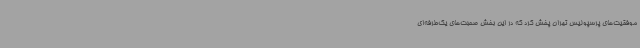
موفقیت‌های پرسپولیس تهران پخش کرد که در این بخش صحبت‌های یک‌طرفه‌ای